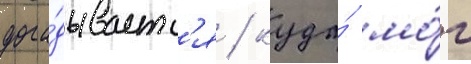
дога́дываетс'я / куда́ мо́г